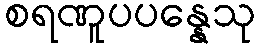
စရဏူပပန္နေသု